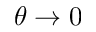
\theta \rightarrow 0